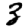
Digit: 3